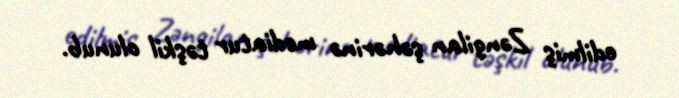
edilmiş Zəngilan şəhərinə mediatur təşkil olunub.